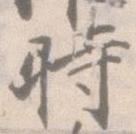
時